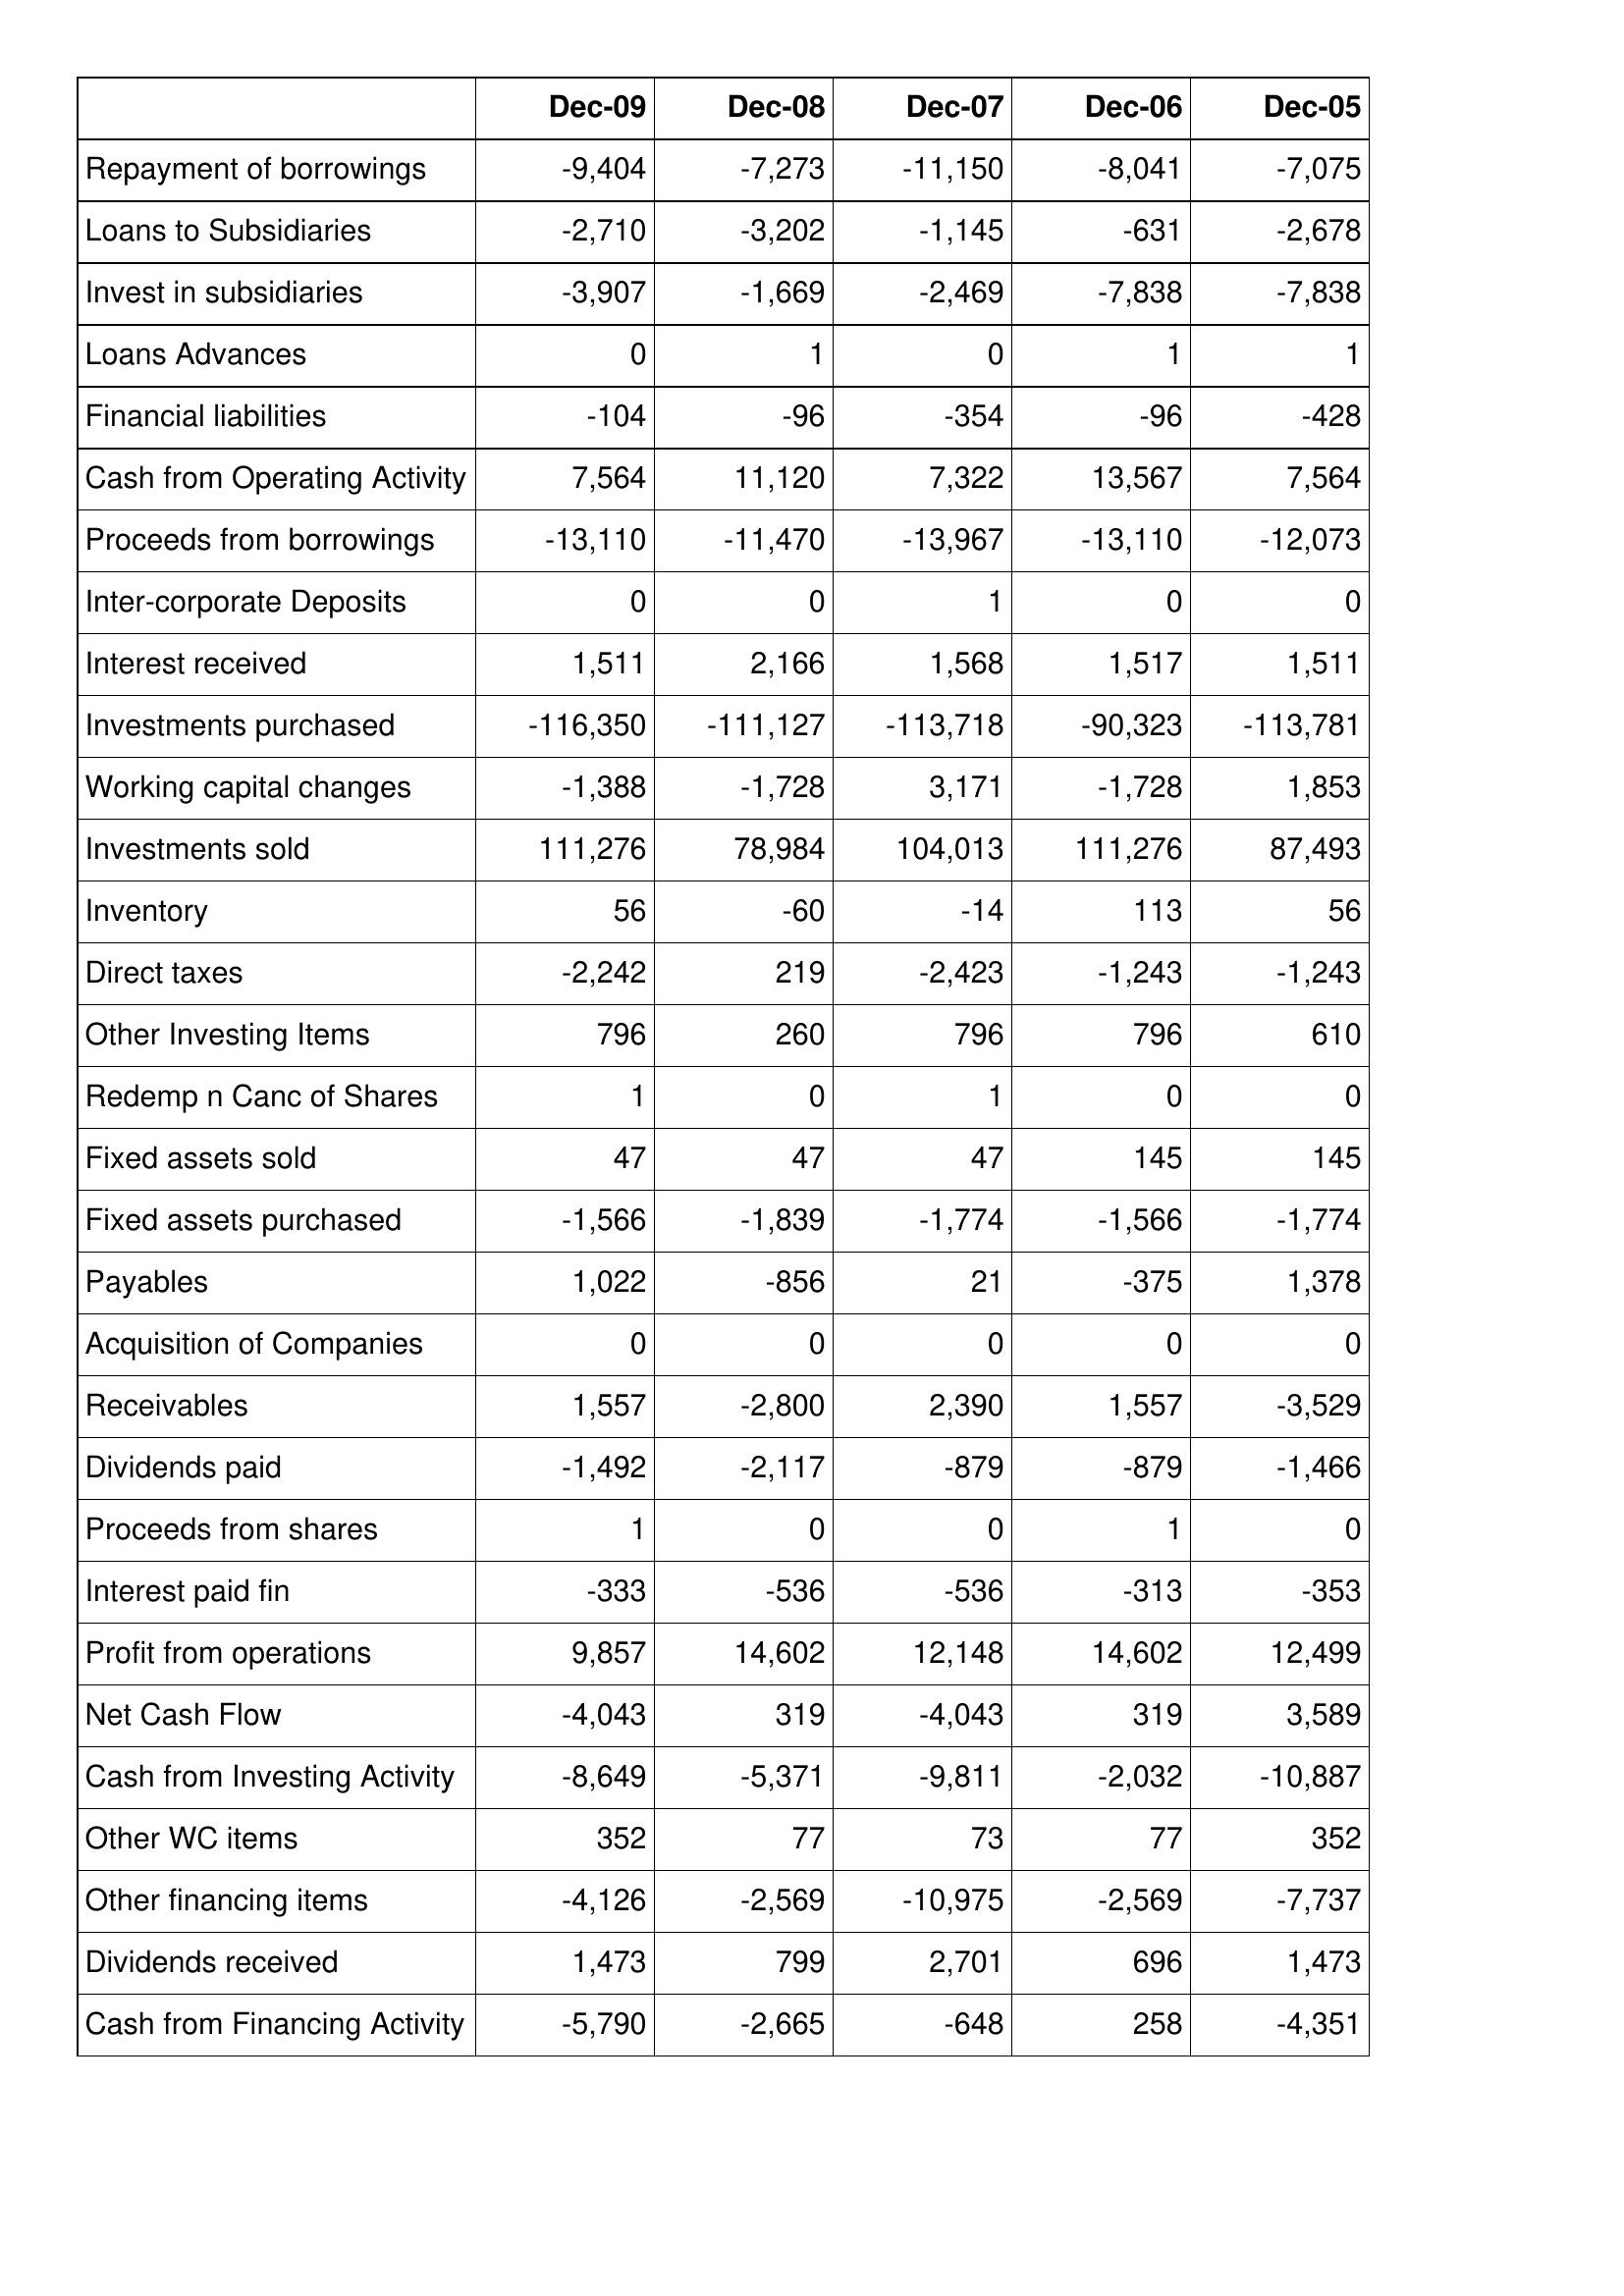
Dec-09: Cash Flows: Repayment of borrowings: -9,404
Loans to Subsidiaries: -2,710
Invest in subsidiaries: -3,907
Loans Advances: 0
Financial liabilities: -104
Cash from Operating Activity: 7,564
Proceeds from borrowings: -13,110
Inter-corporate Deposits: 0
Interest received: 1,511
Investments purchased: -116,350
Working capital changes: -1,388
Investments sold: 111,276
Inventory: 56
Direct taxes: -2,242
Other Investing Items: 796
Redemp n Canc of Shares: 1
Fixed assets sold: 47
Fixed assets purchased: -1,566
Payables: 1,022
Acquisition of Companies: 0
Receivables: 1,557
Dividends paid: -1,492
Proceeds from shares: 1
Interest paid fin: -333
Profit from operations: 9,857
Net Cash Flow: -4,043
Cash from Investing Activity: -8,649
Other WC items: 352
Other financing items: -4,126
Dividends received: 1,473
Cash from Financing Activity: -5,790
Dec-08: Cash Flows: Repayment of borrowings: -7,273
Loans to Subsidiaries: -3,202
Invest in subsidiaries: -1,669
Loans Advances: 1
Financial liabilities: -96
Cash from Operating Activity: 11,120
Proceeds from borrowings: -11,470
Inter-corporate Deposits: 0
Interest received: 2,166
Investments purchased: -111,127
Working capital changes: -1,728
Investments sold: 78,984
Inventory: -60
Direct taxes: 219
Other Investing Items: 260
Redemp n Canc of Shares: 0
Fixed assets sold: 47
Fixed assets purchased: -1,839
Payables: -856
Acquisition of Companies: 0
Receivables: -2,800
Dividends paid: -2,117
Proceeds from shares: 0
Interest paid fin: -536
Profit from operations: 14,602
Net Cash Flow: 319
Cash from Investing Activity: -5,371
Other WC items: 77
Other financing items: -2,569
Dividends received: 799
Cash from Financing Activity: -2,665
Dec-07: Cash Flows: Repayment of borrowings: -11,150
Loans to Subsidiaries: -1,145
Invest in subsidiaries: -2,469
Loans Advances: 0
Financial liabilities: -354
Cash from Operating Activity: 7,322
Proceeds from borrowings: -13,967
Inter-corporate Deposits: 1
Interest received: 1,568
Investments purchased: -113,718
Working capital changes: 3,171
Investments sold: 104,013
Inventory: -14
Direct taxes: -2,423
Other Investing Items: 796
Redemp n Canc of Shares: 1
Fixed assets sold: 47
Fixed assets purchased: -1,774
Payables: 21
Acquisition of Companies: 0
Receivables: 2,390
Dividends paid: -879
Proceeds from shares: 0
Interest paid fin: -536
Profit from operations: 12,148
Net Cash Flow: -4,043
Cash from Investing Activity: -9,811
Other WC items: 73
Other financing items: -10,975
Dividends received: 2,701
Cash from Financing Activity: -648
Dec-06: Cash Flows: Repayment of borrowings: -8,041
Loans to Subsidiaries: -631
Invest in subsidiaries: -7,838
Loans Advances: 1
Financial liabilities: -96
Cash from Operating Activity: 13,567
Proceeds from borrowings: -13,110
Inter-corporate Deposits: 0
Interest received: 1,517
Investments purchased: -90,323
Working capital changes: -1,728
Investments sold: 111,276
Inventory: 113
Direct taxes: -1,243
Other Investing Items: 796
Redemp n Canc of Shares: 0
Fixed assets sold: 145
Fixed assets purchased: -1,566
Payables: -375
Acquisition of Companies: 0
Receivables: 1,557
Dividends paid: -879
Proceeds from shares: 1
Interest paid fin: -313
Profit from operations: 14,602
Net Cash Flow: 319
Cash from Investing Activity: -2,032
Other WC items: 77
Other financing items: -2,569
Dividends received: 696
Cash from Financing Activity: 258
Dec-05: Cash Flows: Repayment of borrowings: -7,075
Loans to Subsidiaries: -2,678
Invest in subsidiaries: -7,838
Loans Advances: 1
Financial liabilities: -428
Cash from Operating Activity: 7,564
Proceeds from borrowings: -12,073
Inter-corporate Deposits: 0
Interest received: 1,511
Investments purchased: -113,781
Working capital changes: 1,853
Investments sold: 87,493
Inventory: 56
Direct taxes: -1,243
Other Investing Items: 610
Redemp n Canc of Shares: 0
Fixed assets sold: 145
Fixed assets purchased: -1,774
Payables: 1,378
Acquisition of Companies: 0
Receivables: -3,529
Dividends paid: -1,466
Proceeds from shares: 0
Interest paid fin: -353
Profit from operations: 12,499
Net Cash Flow: 3,589
Cash from Investing Activity: -10,887
Other WC items: 352
Other financing items: -7,737
Dividends received: 1,473
Cash from Financing Activity: -4,351